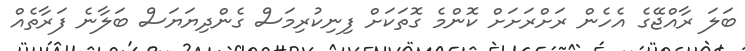
ބަލަ ރާއްޖޭގެ އެހެން ރަށްރަށަށް ކޮންމެ ގޮތަކަށް ފިނިކުރިމަސް ގެންދިޔަޔަސް ބަލާނެ ފަރާތެއް